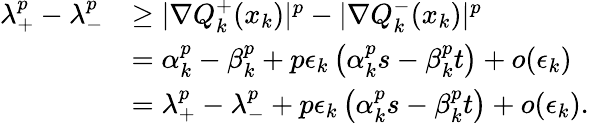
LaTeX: \begin{array}{rl}{\lambda_{+}^{p}-\lambda_{-}^{p}}&{\geq|\nabla Q_{k}^{+}(x_{k})|^{p}-|\nabla Q_{k}^{-}(x_{k})|^{p}}\\ &{=\alpha_{k}^{p}-\beta_{k}^{p}+p\epsilon_{k}\left(\alpha_{k}^{p}s-\beta_{k}^{p}t\right)+o(\epsilon_{k})}\\ &{=\lambda_{+}^{p}-\lambda_{-}^{p}+p\epsilon_{k}\left(\alpha_{k}^{p}s-\beta_{k}^{p}t\right)+o(\epsilon_{k}).}\end{array}